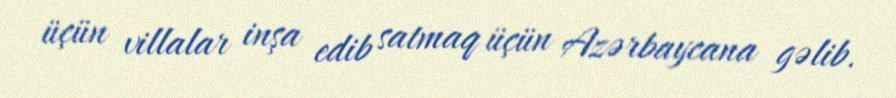
üçün villalar inşa edib satmaq üçün Azərbaycana gəlib.